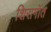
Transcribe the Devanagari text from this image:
शिरागॉत